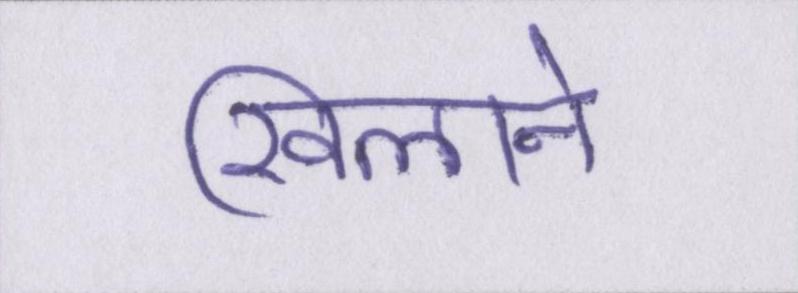
खिलाने